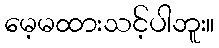
မေ့မထားသင့်ပါဘူး။